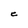
Character: C